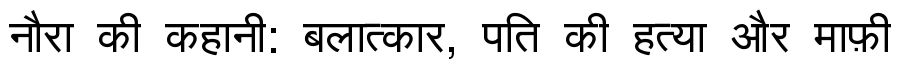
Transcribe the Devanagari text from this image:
नौरा की कहानी: बलात्कार, पति की हत्या और माफ़ी